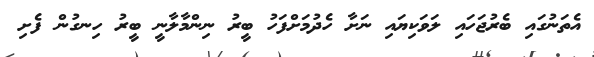
އެތަނުގައި ބެރުޖަހައި ލަވަކިޔައި ނަށާ ހެދުމަށްފަހު ބީރު ނިންމާލާނީ ބީރު ހިނގުން ފެށި